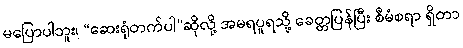
မပြောပါဘူး၊ “ဆေးရုံတက်ပါ”ဆိုလို့ အမရပူရသို့ ခေတ္တပြန်ပြီး စီမံစရာ ရှိတာ